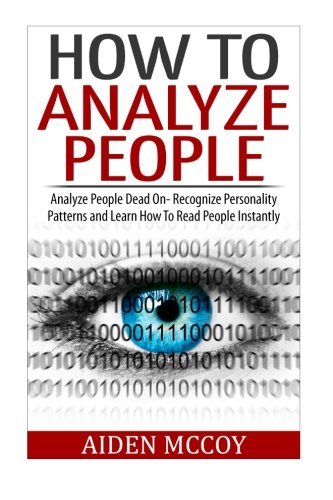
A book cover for How To Analyze People: Analyze People Dead On - Recognize Personality Patterns and Learn How To Read People Instantly (How To Analyze People, Body Language, How To Read People, Human Psychology); Aiden MCcoy; Medical Books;